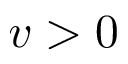
v > 0